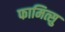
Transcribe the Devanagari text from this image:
फामित्सु